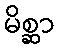
မိစ္ဆာ